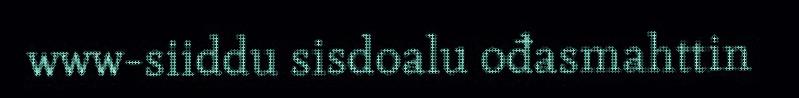
www-siiddu sisdoalu ođasmahttin